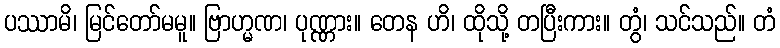
ပဿာမိ၊ မြင်တော်မမူ။ ဗြာဟ္မဏ၊ ပုဏ္ဏား။ တေန ဟိ၊ ထိုသို့ တပြီးကား။ တွံ၊ သင်သည်။ တံ